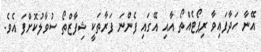
އޭނާ ހަދާފައިވާ ރިޕޯޓެއްތޯ އާއި އޭގައި ފެންނަ ފަރާތަކީ ޝިފާޒްތޯ ސުވާލުކޮށްފަ އެވެ.